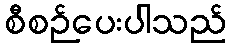
စီစဉ်ပေးပါသည်